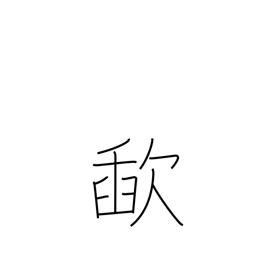
Meaning: slurp